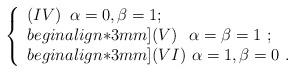
LaTeX: \begin{align*}\left\{\begin{array}{l}(IV) \,\,\,\alpha=0, \beta=1; \\begin{align*}3mm](V) \,\,\,\, \alpha=\beta=1 \,\, ; \\begin{align*}3mm](VI) \,\,\alpha=1,\beta=0 \,\, .\end{array}\right.\end{align*}